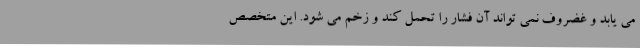
می یابد و غضروف نمی تواند آن فشار را تحمل کند و زخم می شود. این متخصص